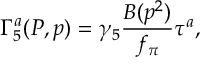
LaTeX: \Gamma _ { 5 } ^ { a } ( P , p ) = \gamma _ { 5 } \frac { B ( p ^ { 2 } ) } { f _ { \pi } } \tau ^ { a } ,